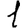
Digit: 1